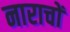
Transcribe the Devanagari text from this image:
नाराचों